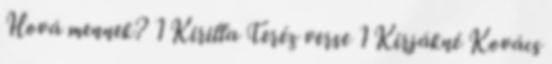
Hová mennek? 1 Kirilla Teréz verse 1 Kirjákné Kovács